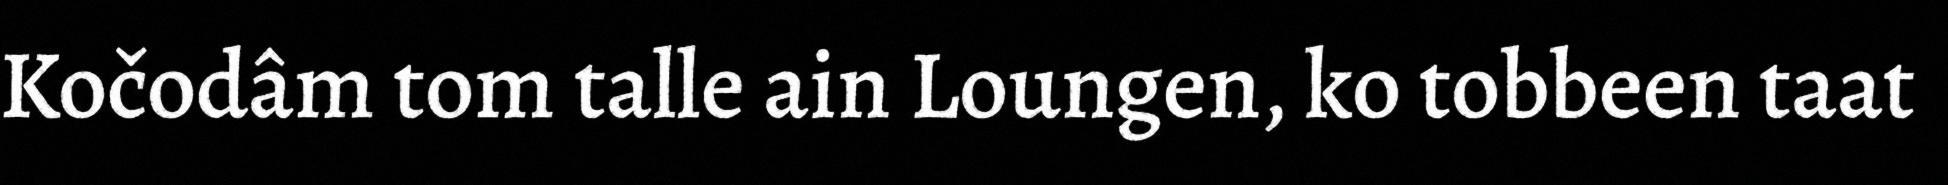
Kočodâm tom talle ain Loungen, ko tobbeen taat